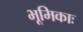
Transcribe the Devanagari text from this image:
भूमिकाः